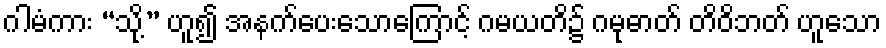
ဂါမံကား “သို့” ဟူ၍ အနက်ပေးသောကြောင့် ဂမယတိ၌ ဂမုဓာတ် တိဝိဘတ် ဟူသော